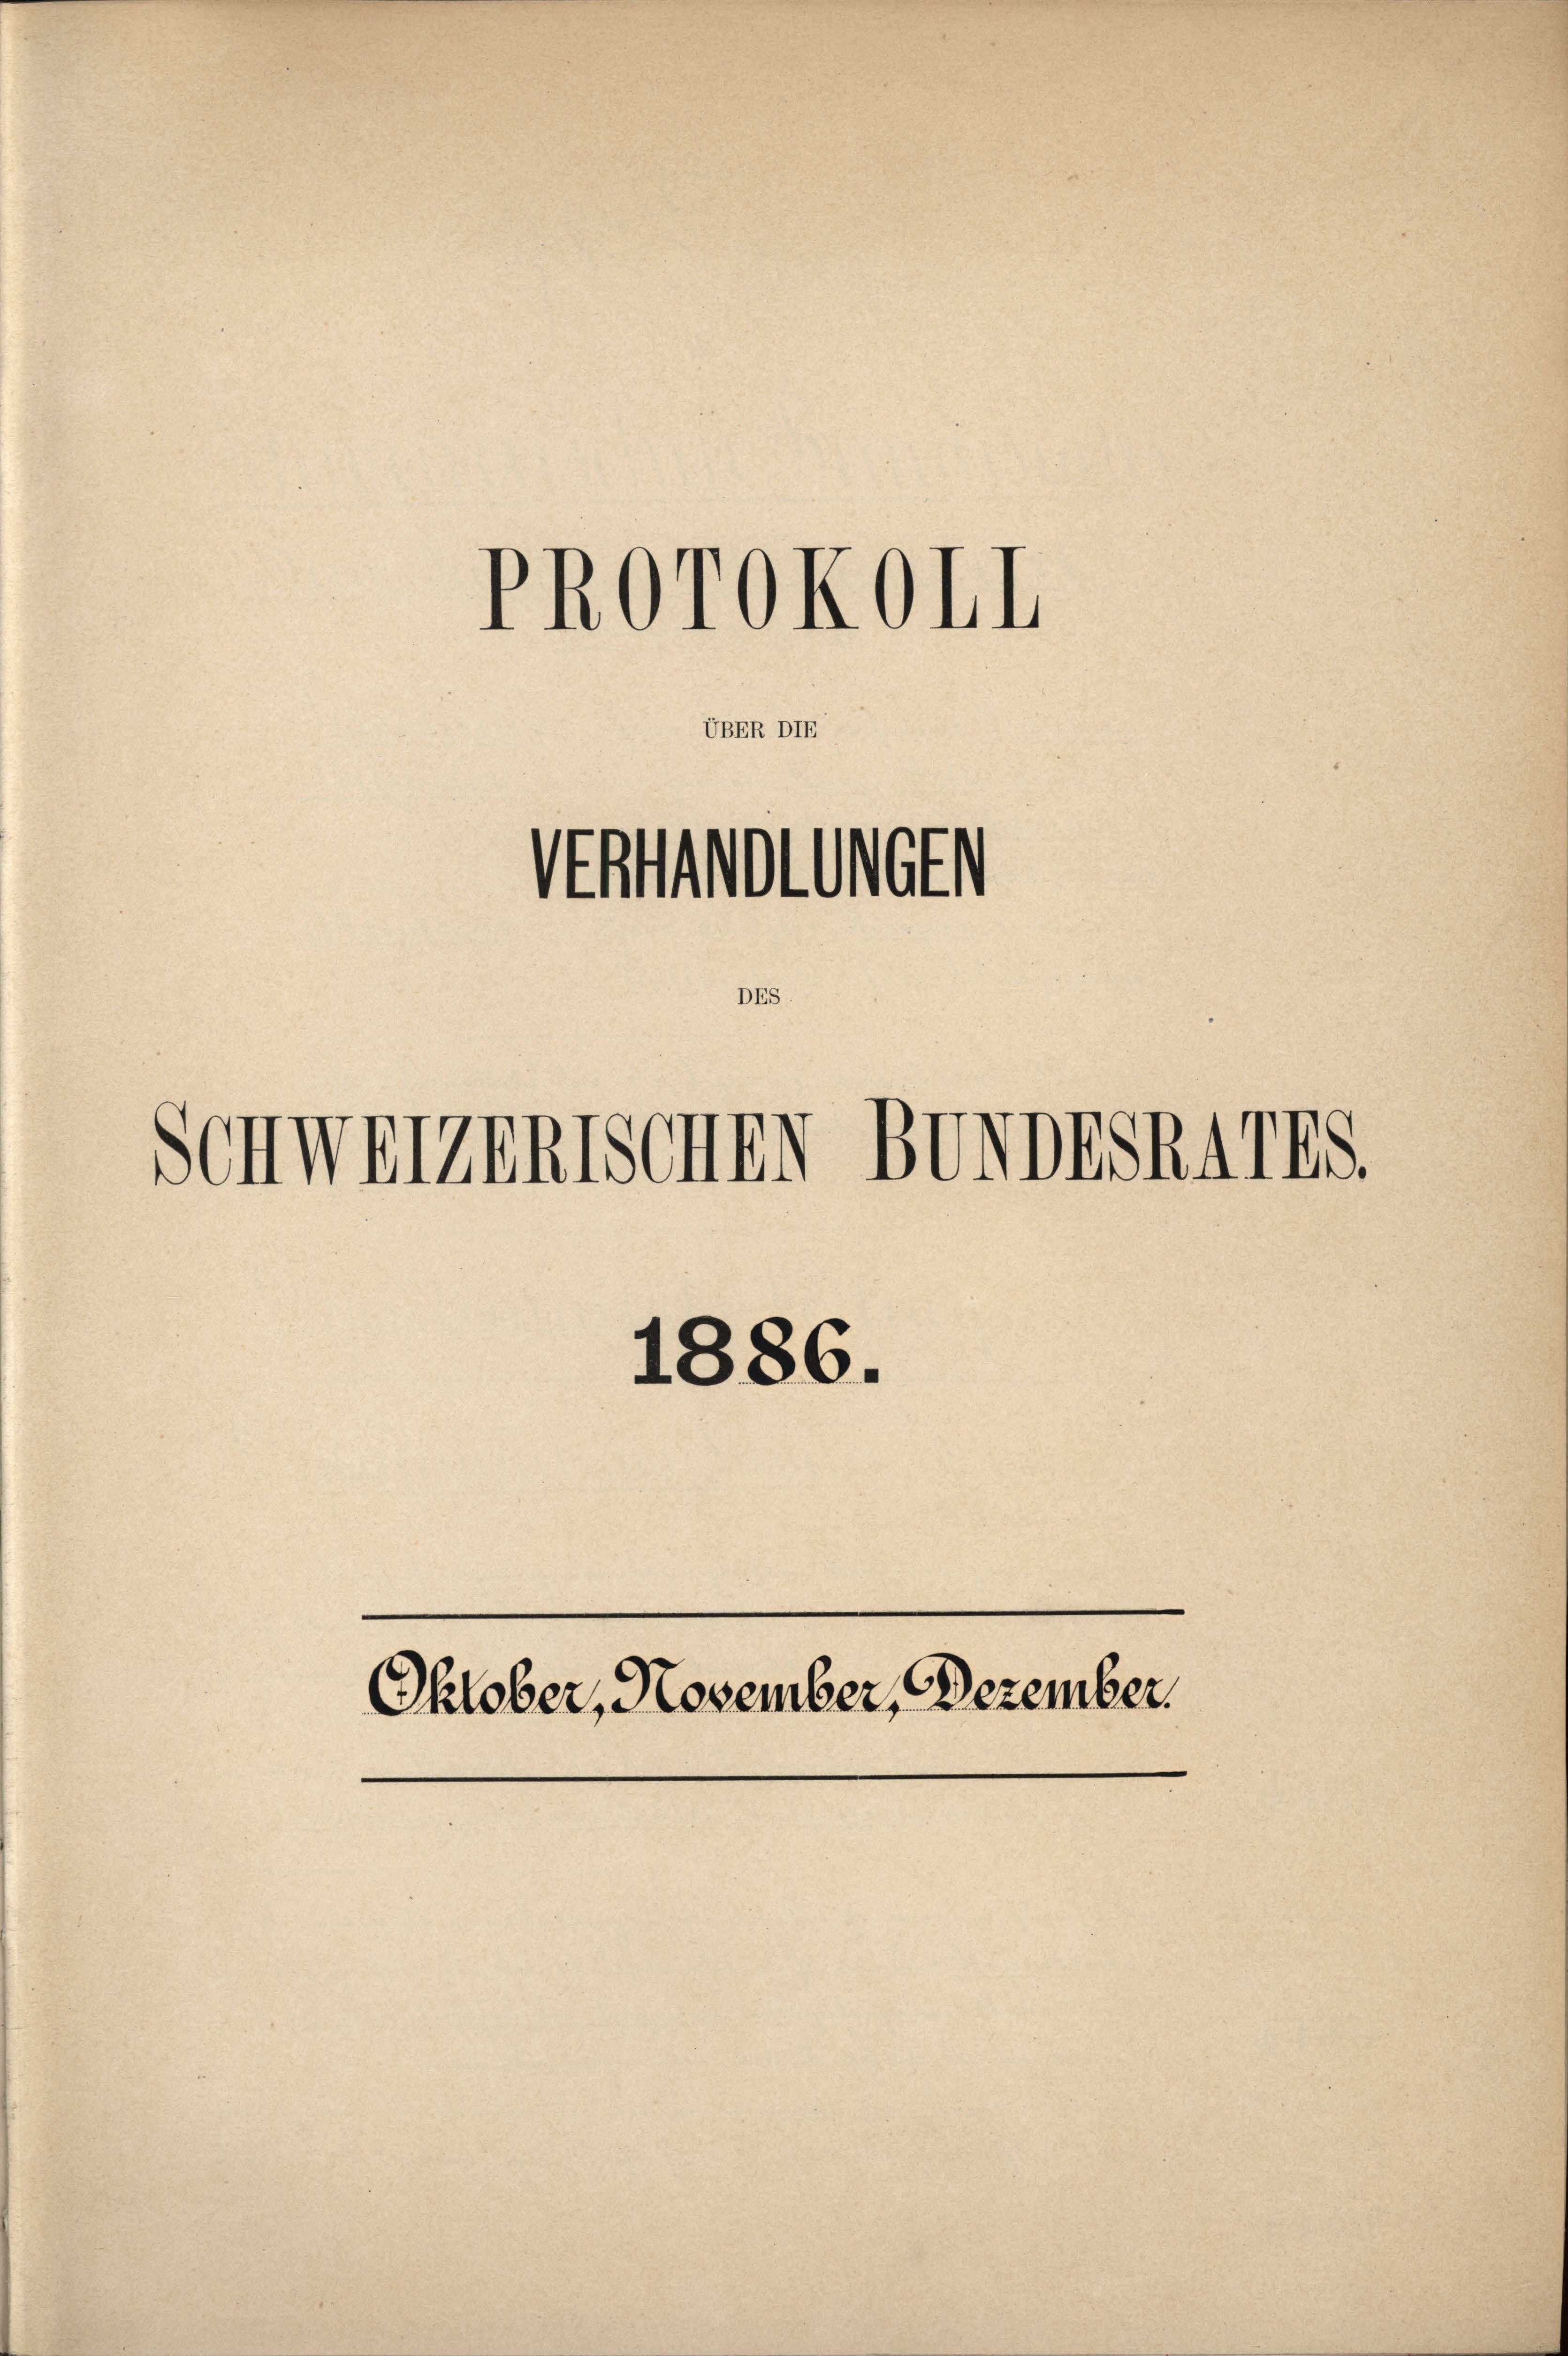
UBER DIE

PROTOKOHI

Aathalten

SchweizenTSCHEN BUNDESRATES.

1886.
Oktober, November, Dezember.